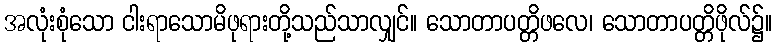
အလုံးစုံသော ငါးရာသောမိဖုရားတို့သည်သာလျှင်။ သောတာပတ္တိဖလေ၊ သောတာပတ္တိဖိုလ်၌။